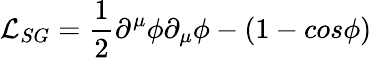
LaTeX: {\mathcal L}_{SG}=\frac{1}{2}\partial^{\mu}\phi\partial_{\mu}\phi-(1-cos\phi)